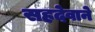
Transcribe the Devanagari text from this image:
सहदेवाने